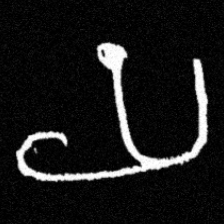
Pyu character \u2014 Myanmar letter: ယ (romanized: ya)